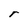
Character: r